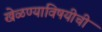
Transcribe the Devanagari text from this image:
खेळण्याविषयीची